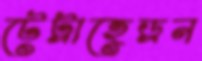
টেট্রাহেড্রন